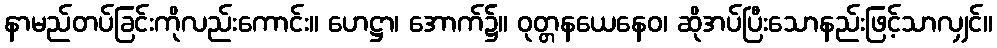
နာမည်တပ်ခြင်းကိုလည်းကောင်း။ ဟေဋ္ဌာ၊ အောက်၌။ ဝုတ္တနယေနေဝ၊ ဆိုအပ်ပြီးသောနည်းဖြင့်သာလျှင်။